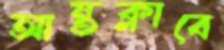
আন্তক্লাবে